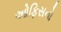
ઓફિસનો